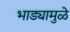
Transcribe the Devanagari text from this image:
भाड्यामुळे